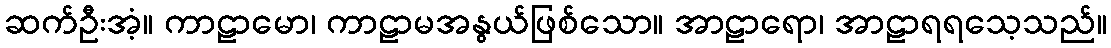
ဆက်ဦးအံ့။ ကာဠာမော၊ ကာဠာမအနွယ်ဖြစ်သော။ အာဠာရော၊ အာဠာရရသေ့သည်။